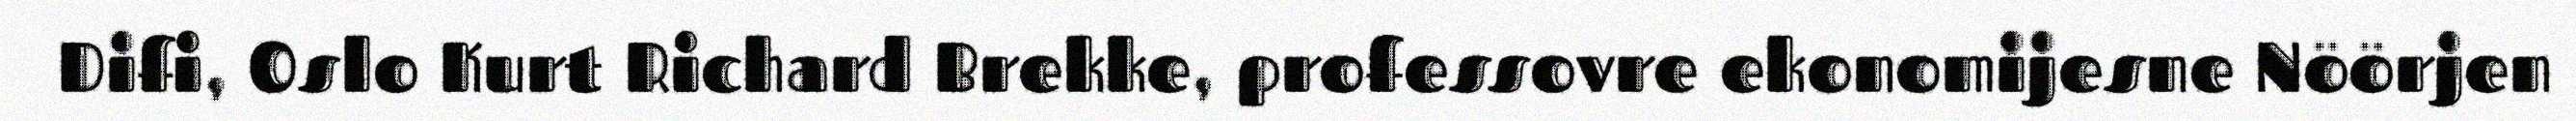
Difi, Oslo Kurt Richard Brekke, professovre ekonomijesne Nöörjen